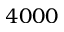
4 0 0 0